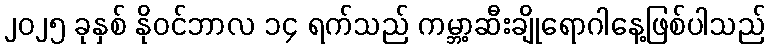
၂၀၂၅ ခုနှစ် နိုဝင်ဘာလ ၁၄ ရက်သည် ကမ္ဘာ့ဆီးချိုရောဂါနေ့ဖြစ်ပါသည်